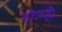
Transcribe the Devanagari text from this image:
स्टेंण्डों